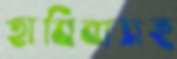
হাবিবাসহ